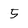
Character: 5